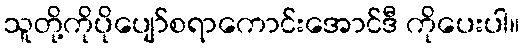
သူတို့ကိုပိုပျော်စရာကောင်းအောင်ဒီ ကိုပေးပါ။